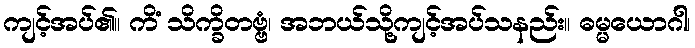
ကျင့်အပ်၏။ ကိံ သိက္ခိတဗ္ဗံ၊ အဘယ်သို့ကျင့်အပ်သနည်း။ ဓမ္မယောဂါ၊